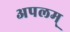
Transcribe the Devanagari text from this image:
अपलम्